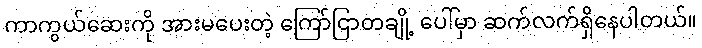
ကာကွယ်ဆေးကို အားမပေးတဲ့ ကြော်ငြာတချို့ ပေါ်မှာ ဆက်လက်ရှိနေပါတယ်။